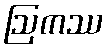
ဩကဿ